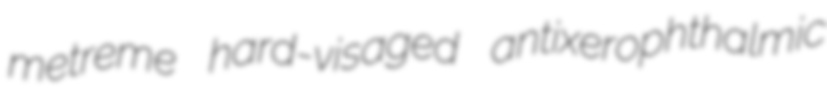
metreme hard-visaged antixerophthalmic